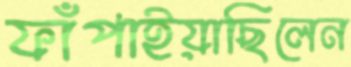
ফাঁপাইয়াছিলেন